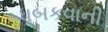
ધબકવાની